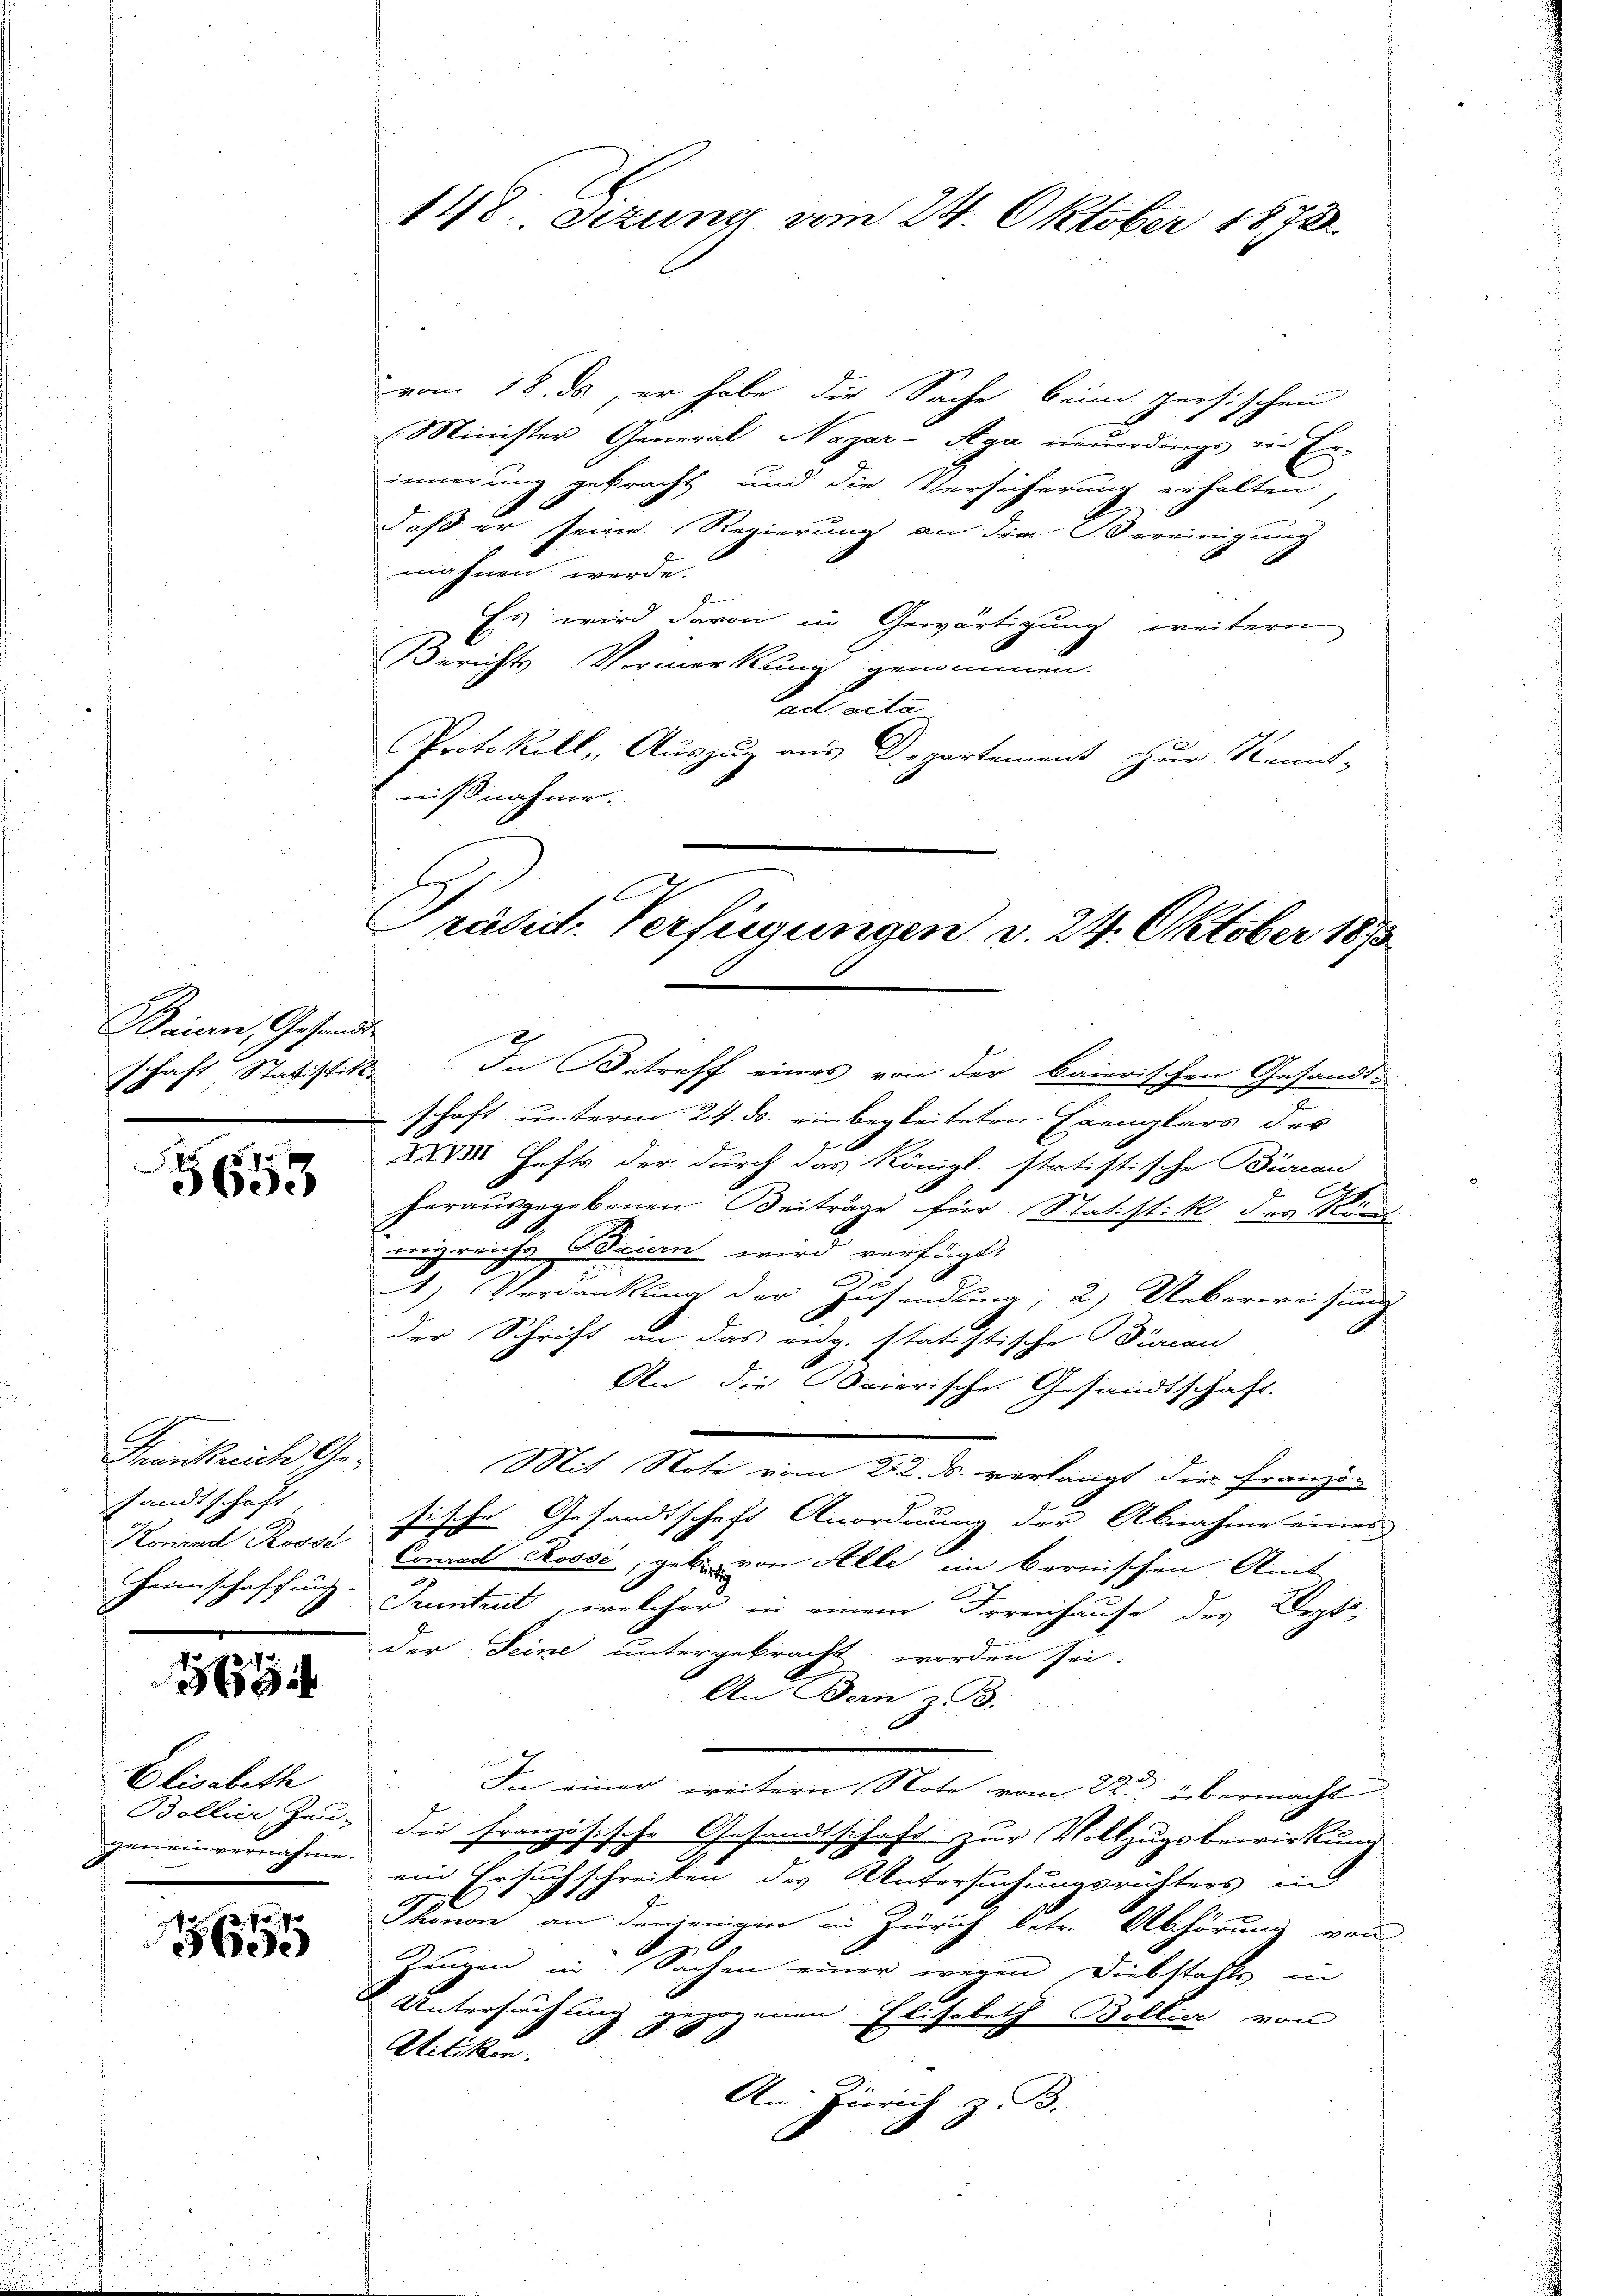
Baian, Gesand
aft Statistik
191

e
3653

Frankreich Gesandtschaft
Konrad Rosse
Heimschaffung.

1

Elisabeth
Bollier, Zeu-
eneinvernahme.

275 f
.

148. Sezung vom 24. Oktober 1872

vom 18. ds, er habe die Sache beim persischen
Minister General Nazar-Aga neuerdings in Er-
innerung gebracht und die Versicherung erhalten,
daß er seine Regierung an die Vereinigung
mahnen werde.
Es wird davon in Gewärtigung weitern
Berichts Vormerkung genommen.
ad acta
Protokoll, Auszug aus Departement zur Kennt-
mißnahmen.
In Betreff eines von der baierischen Gesandt-
schaft unterm 24. ds. einbegleiteten Exenglars des
XXVIII. Hefts der durch das Königl. statistische Büreau
C
herausgegebenen Beiträge für Statistik des Kan
nigreichs Baiern wird verfügt:
1). Verdankung der Zusendung; 2) Ueberweisung
der Schrift an das eidg. statistische Piacan
An die Baierisches Gesandtschaft.
Mit Note vom 22. ds. verlangt die Franzö-
sische Gesandtschaft Anordnung der Abnahme eines
Conrad Roose, gebe von Alle im bernischen Amt
Teintent, welcher in einem Irrenhause des Dept-
der Seine untergebracht worden sei.
An Bern z. B.
In einer weitern Note vom 22. übermacht
die Französische Gesandtschaft zur Vollzugsbewirkung
ein Ersuchschreiben des Untersuchungsrichters in
Thonon an denjenigen in Zürich betr. Abhörung von
Zeugen in Sachen einer wegen Diebstahls, in
Untersuch und gezogenen Elisabeth Bollier von
Uetikon.
An Zürich z. B.
n

Präsid. Verfügungen v. 24. Oktober 1873